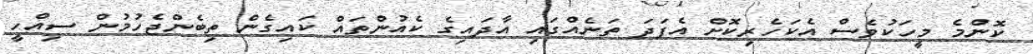
ކޮންމެ މީހަކުވެސް އެކަހެރިކޮށް އެފަދަ ތަނެއްގައި އާދައިގެ ކެއުންތައް ކައިގެން ތިބެންޖެހުމުން ސިއްހީ